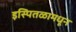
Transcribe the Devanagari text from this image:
इस्पितळामधून